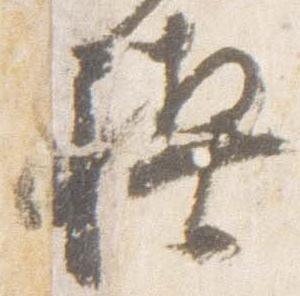
禊